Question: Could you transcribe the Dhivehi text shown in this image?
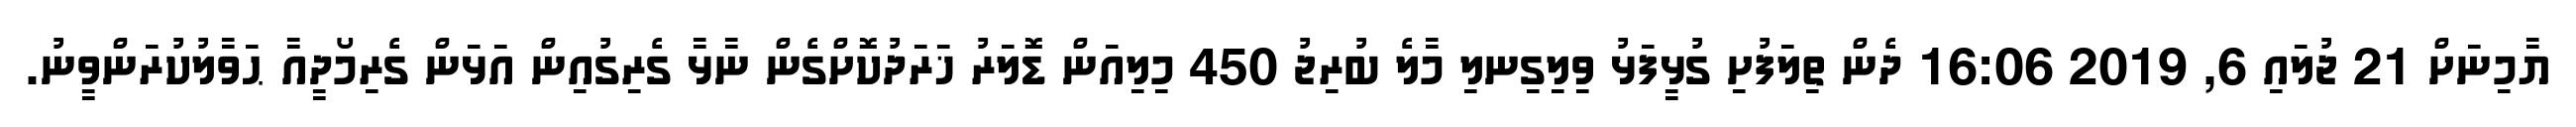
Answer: ޔާމިނަށް 21 ޖުލައި 6, 2019 16:06 ދެން ތިލަފުށި ގުޅީފަޅު ވިލިގިނލި މާލެ ބުރިޖު 450 މިލިއަން ޑޮލަރު ޚަރަދުކޮށްގެން ނާޅާ ގެރިގުއިން އަޅަން ގެރިމޯދީއާ ޙަވާލުކުރަންވީނު.